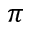
\pi